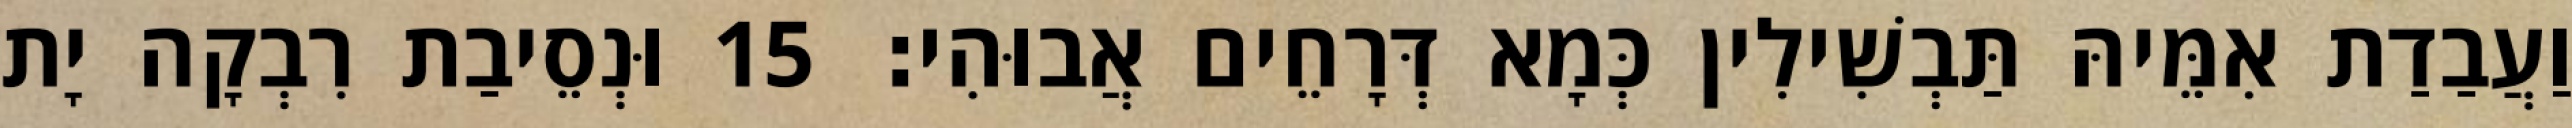
וַעֲבַדַת אִמֵּיהּ תַּבְשִׁילִין כְּמָא דְּרָחֵים אֲבוּהִי׃ 15 וּנְסֵיבַת רִבְקָה יָת